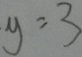
y = 3